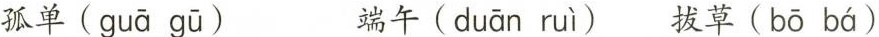
孤单( guā gū ) 端午( duān ruì ) 拔草( bō bá )